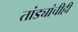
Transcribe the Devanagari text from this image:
तांड्यांचीही